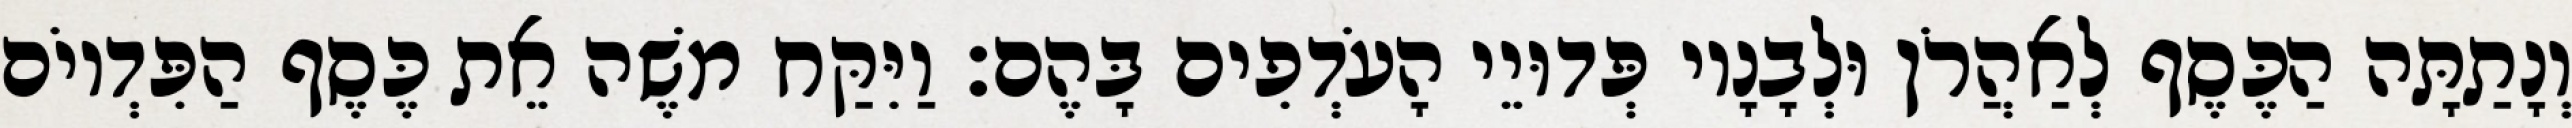
וְנָתַתָּה הַכֶּסֶף לְאַהֲרֹן וּלְבָנָיו פְּדוּיֵי הָעֹדְפִים בָּהֶם׃ וַיִּקַּח משֶׁה אֵת כֶּסֶף הַפִּדְיוֹם